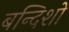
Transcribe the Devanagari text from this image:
बन्दिशो